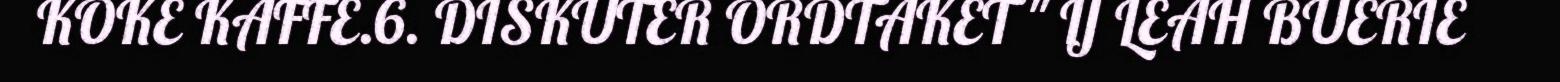
KOKE KAFFE.6. DISKUTER ORDTAKET " IJ LEAH BUERIE